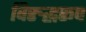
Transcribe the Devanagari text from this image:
विरुद्धरूप